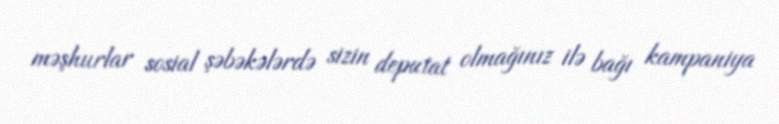
məşhurlar sosial şəbəkələrdə sizin deputat olmağınız ilə bağı kampaniya